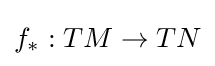
f_{*}:TM\to TN